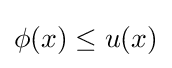
\phi (x)\leq u(x)